Civil Veterinary Dept. Bombay admin report 1893-99 - 1893-1899
Year: 1893
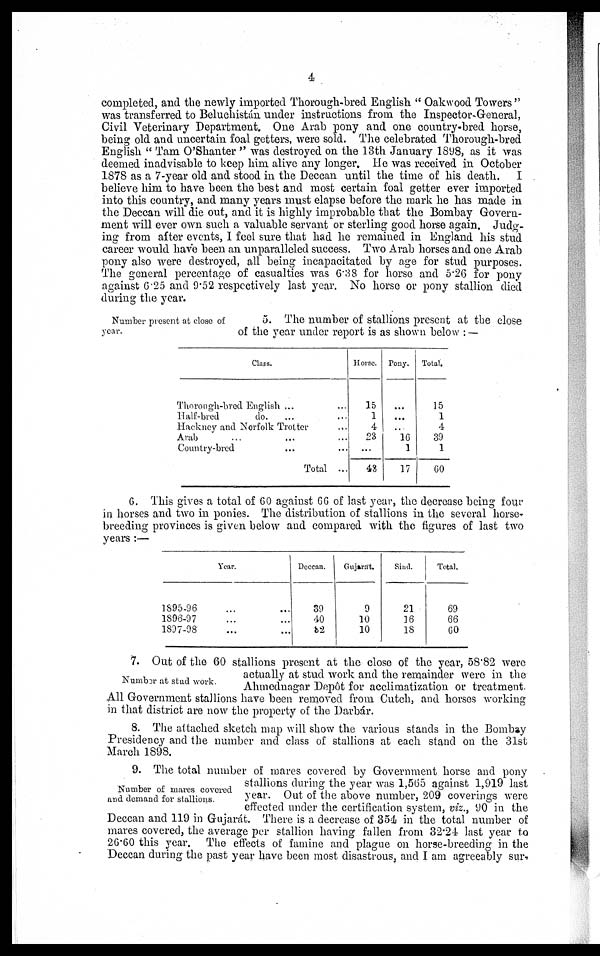
4
completed, and the newly imported Thorough-bred English " Oakwood Towers "
was transferred to Beluchistán under instructions from the Inspector-General,
Civil Veterinary Department. One Arab pony and one country-bred horse,
being old and uncertain foal getters, were sold. The celebrated Thorough-bred
English " Tam O'Shanter " was destroyed on the 13th January 1898, as it was
deemed inadvisable to keep him alive any longer. He was received in October
1878 as a 7-year old and stood in the Deccan until the time of his death. I
believe him to have been the best and most certain foal getter ever imported
into this country, and many years must elapse before the mark he has made in
the Deccan will die out, and it is highly improbable that the Bombay Govern-
ment will ever own such a valuable servant or sterling good horse again. Judg-
ing from after events, I feel sure that had he remained in England his stud
career would have been an unparalleled success. Two Arab horses and one Arab
pony also were destroyed, all being incapacitated by age for stud purposes.
The general percentage of casualties was 6.38 for horse and 5.26 for pony
against 6.25 and 9.52 respectively last year. No horse or pony stallion died
during the year.
Number present at close of
year.
5. The number of stallions present at the close
of the year under report is as shown below : —
Class.
Thorough-bred English ... ...
Half-bred
do. ... ...
Hackney and Norfolk Trotter
Arab .. ... ...
Country-bred ... ...
Total ...
Horse.
15
1
4
23
...
43
Pony.
...
...
...
16
1
17
Total.
15
1
4
39
1
60
6. This gives a total of 60 against 66 of last year, the decrease being four
breeding provinces is given below and compared with the figures of last two
years :—
Year.
1895-96 ... ...
1896-97 ... ...
1897-98 ... ...
Deccan.
39
40
82
Gujarat.
9
10
10
Sind.
21
16
18
Total.
69
66
60
Number at stud work.
7. Out of the 60 stallions present at the close of the year, 58.82 were
actually at stud work and the remainder were in the
Ahmednagar Depôt for acclimatization or treatment.
All Government stallions have been removed from Cutch, and horses working
in that district are now the property of the Darbár.
8. The attached sketch map will show the various stands in the Bombay
Presidency and the number and class of stallions at each stand on the 31st
March 1898.
Number of mares covered
and demand for stallions.
9. The total number of mares covered by Government horse and pony
stallions during the year was 1,565 against 1,919 last
year. Out of the above number, 209 coverings were
effected under the certification system, viz., 90 in the
Deccan and 119 in Gujarát. There is a decrease of 354 in the total number of
mares covered, the average per stallion having fallen from 32.24 last year to
26.60 this year. The effects of famine and plague on horse-breeding in the
Deccan during the past year have been most disastrous, and I am agreeably sur-